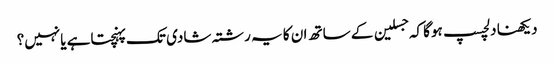
دیکھنا دلچسپ ہوگا کہ جسلین کے ساتھ ان کا یہ رشتہ شادی تک پہنچتاہے یانہیں؟